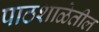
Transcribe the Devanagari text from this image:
पाठशाळेतील